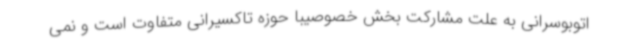
اتوبوسرانی به علت مشارکت بخش خصوصیبا حوزه تاکسیرانی متفاوت است و نمی